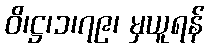
ဝိ၊ဋ္ဌ၊၁၊၇၉၊ မှယူရန်